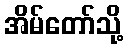
အိမ်တော်သို့